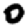
Digit: 0